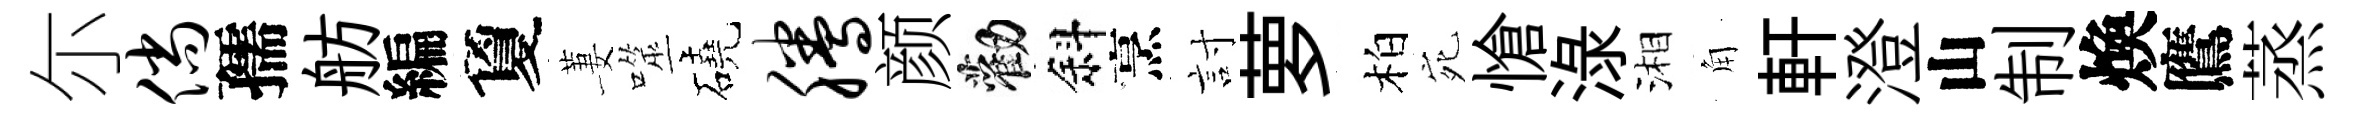
尓倘孺舫編夐萋噬磽腾颜勸斜烹討萝柏宛愴渌湘角軒澄山制煥鷹蒸